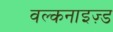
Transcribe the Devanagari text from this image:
वल्कनाइज़्ड